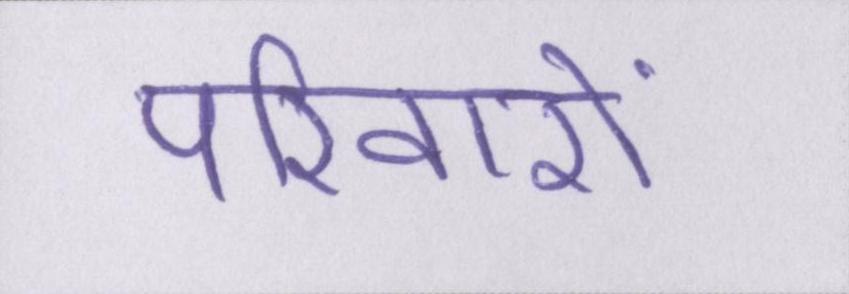
परिवारों